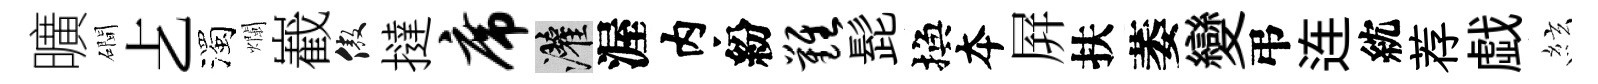
曠磵𠧒濁爛嶻傲撻席灌渥内紛难髭換夲屛扶萎變弔连紞荐戯絃